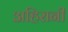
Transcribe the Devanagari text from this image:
अहिरानी